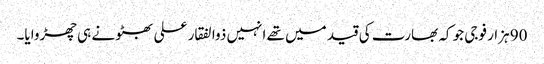
90 ہزار فوجی جو کہ بھارت کی قید میں تھے انہیں ذوالفقار علی بھٹو نے ہی چھڑوایا۔